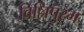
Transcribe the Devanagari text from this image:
विल्लिपुरम